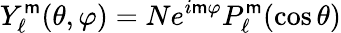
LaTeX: Y_{\ell}^{\mathsf{m}}(\theta,\varphi)=Ne^{i\mathsf{m}\varphi}P_{\ell}^{\mathsf{m}}(\cos{\theta})